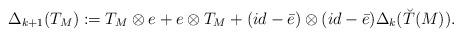
LaTeX: \begin{align*}\Delta_{k+1}(T_M):=T_M\otimes e+e\otimes T_M+(id-\bar{e})\otimes (id-\bar{e})\Delta_k(\breve{T}(M)).\end{align*}